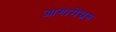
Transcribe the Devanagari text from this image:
आगामेम्नन